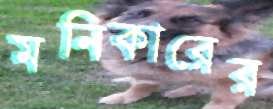
মনিকারের